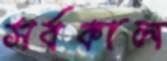
সর্বকাল